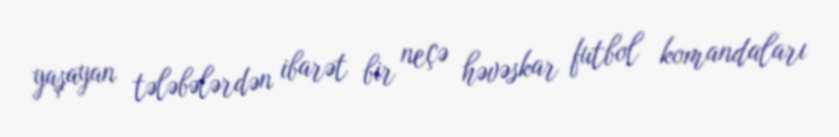
yaşayan tələbələrdən ibarət bir neçə həvəskar futbol komandaları